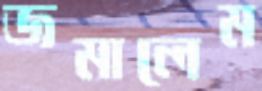
জমালেম